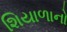
શિયાળાનો